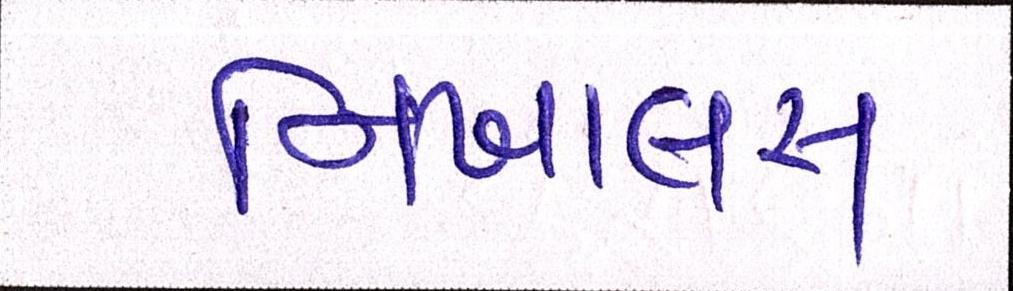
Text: નિખાલસ